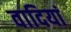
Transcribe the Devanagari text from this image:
वादियां